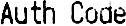
AUTH CODE